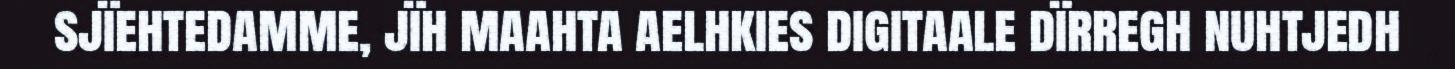
sjïehtedamme, jïh maahta aelhkies digitaale dïrregh nuhtjedh